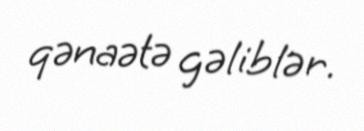
qənaətə gəliblər.